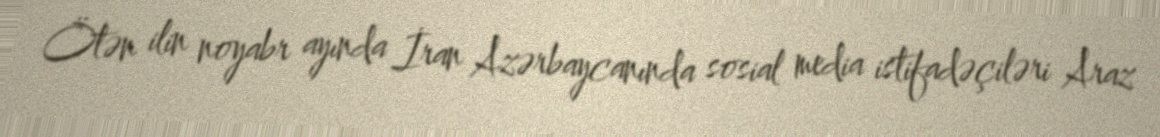
Ötən ilin noyabr ayında İran Azərbaycanında sosial media istifadəçiləri Araz